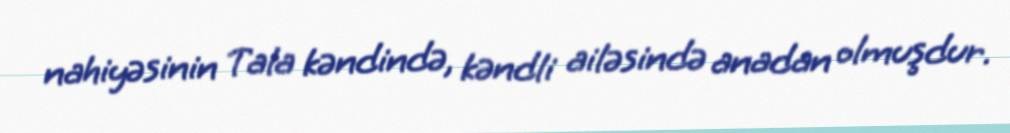
nahiyəsinin Tala kəndində, kəndli ailəsində anadan olmuşdur.